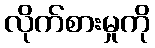
လိုက်စားမှုကို